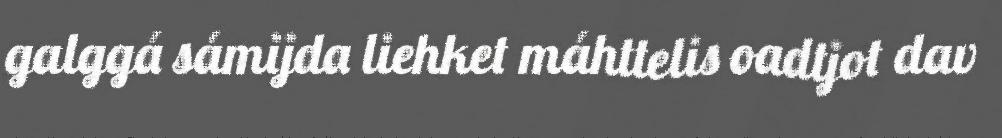
galggá sámijda liehket máhttelis oadtjot dav